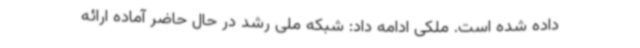
داده شده است. ملکی ادامه داد: شبکه ملی رشد در حال حاضر آماده ارائه